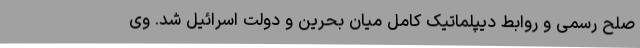
صلح رسمی و روابط دیپلماتیک کامل میان بحرین و دولت اسرائیل شد. وی